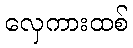
လှေကားထစ်